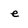
Character: e